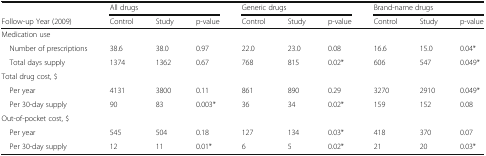
<table><thead><tr><td></td><td colspan="3"><b>All drugs</b></td><td colspan="3"><b>Generic drugs</b></td><td colspan="3"><b>Brand-name drugs</b></td></tr><tr><td><b>Follow-up Year (2009)</b></td><td><b>Control</b></td><td><b>Study</b></td><td><b>p-value</b></td><td><b>Control</b></td><td><b>Study</b></td><td><b>p-value</b></td><td><b>Control</b></td><td><b>Study</b></td><td><b>p-value</b></td></tr></thead><tbody><tr><td colspan="10">Medication use</td></tr><tr><td> Number of prescriptions</td><td>38.6</td><td>38.0</td><td>0.97</td><td>22.0</td><td>23.0</td><td>0.08</td><td>16.6</td><td>15.0</td><td>0.04*</td></tr><tr><td> Total days supply</td><td>1374</td><td>1362</td><td>0.67</td><td>768</td><td>815</td><td>0.02*</td><td>606</td><td>547</td><td>0.049*</td></tr><tr><td colspan="10">Total drug cost, $</td></tr><tr><td> Per year</td><td>4131</td><td>3800</td><td>0.11</td><td>861</td><td>890</td><td>0.29</td><td>3270</td><td>2910</td><td>0.049*</td></tr><tr><td> Per 30-day supply</td><td>90</td><td>83</td><td>0.003*</td><td>36</td><td>34</td><td>0.02*</td><td>159</td><td>152</td><td>0.08</td></tr><tr><td colspan="10">Out-of-pocket cost, $</td></tr><tr><td> Per year</td><td>545</td><td>504</td><td>0.18</td><td>127</td><td>134</td><td>0.03*</td><td>418</td><td>370</td><td>0.07</td></tr><tr><td> Per 30-day supply</td><td>12</td><td>11</td><td>0.01*</td><td>6</td><td>5</td><td>0.02*</td><td>21</td><td>20</td><td>0.03*</td></tr></tbody></table>